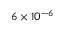
6 \times 1 0 ^ { - 6 }